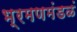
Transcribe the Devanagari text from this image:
भ्रमणमंडळं